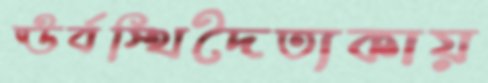
ঊর্বস্থিদৈত্যকায়